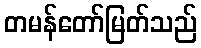
တမန်တော်မြတ်သည်